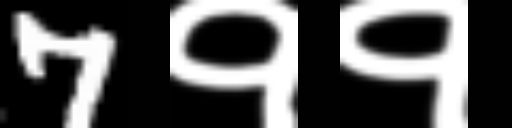
Text: 7११